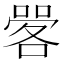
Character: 𱔆